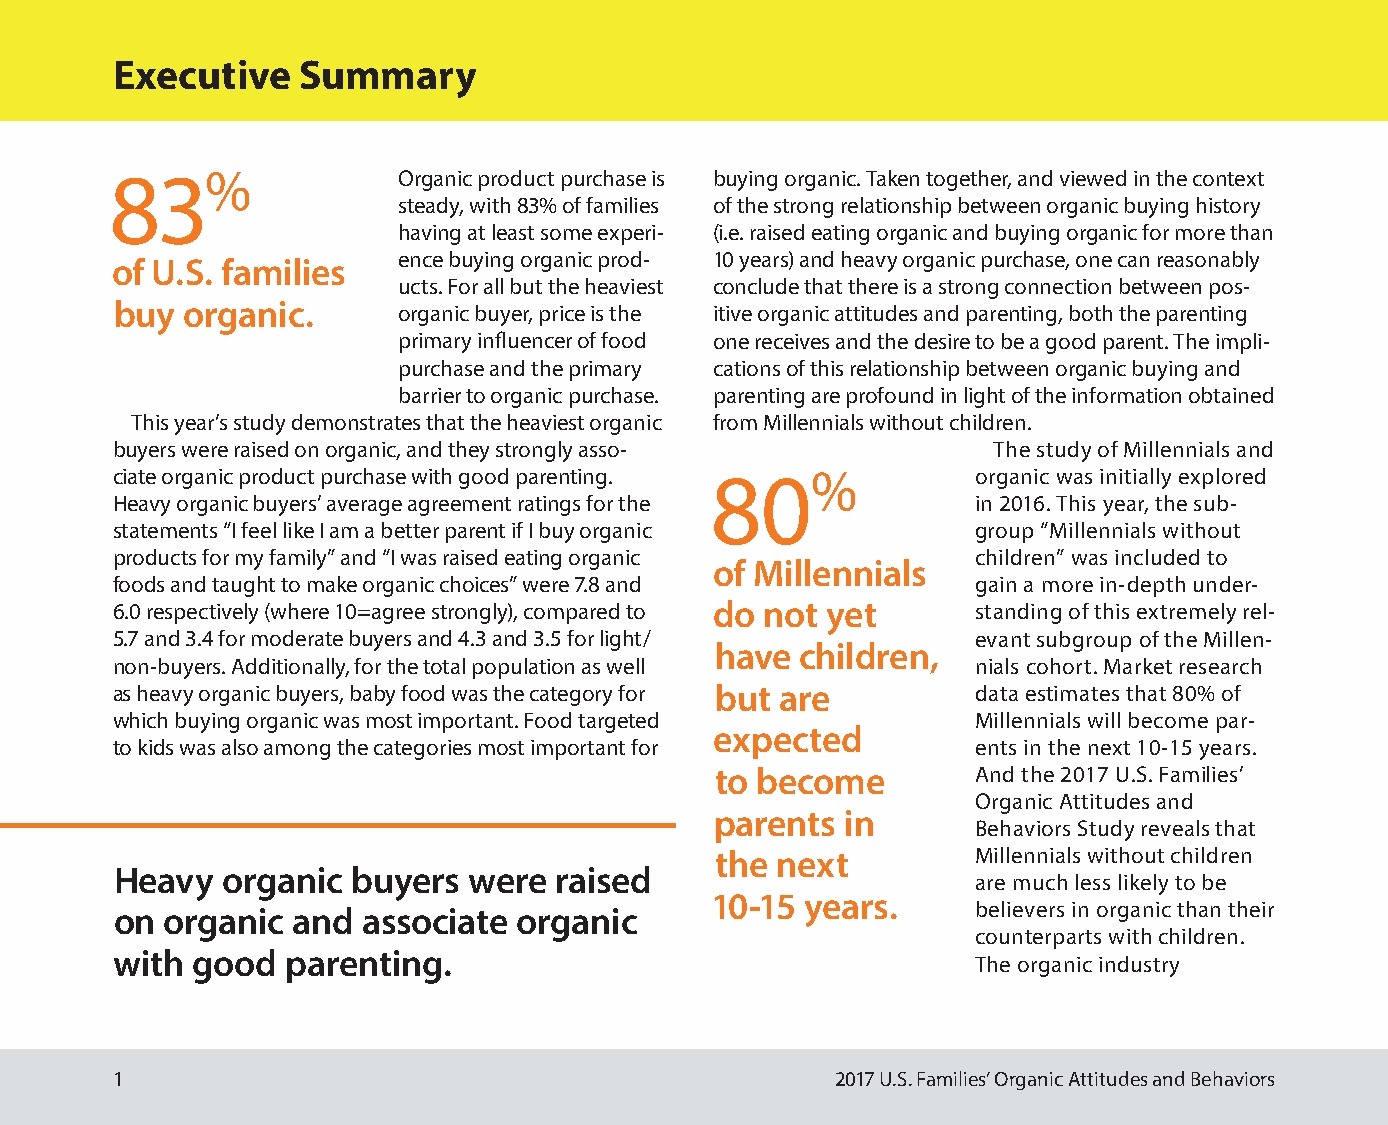
Executive    Summary
 83%                Organic product purchase is buying organic. Taken together, and viewed in the context
 steady, with 83% of families of the strong relationship between organic buying history
 having at least some experi- (i.e. raised eating organic and buying organic for more than
 ence buying organic prod- 10 years) and heavy organic purchase, one can reasonably
 of U.S. families
 ucts. For all but the heaviest conclude that there is a strong connection between pos-
 buy organic.      organic buyer, price is the itive organic attitudes and parenting, both the parenting
 primary influencer of food one receives and the desire to be a good parent. The impli-
 purchase and the primary cations of this relationship between organic buying and
 barrier to organic purchase. parenting are profound in light of the information obtained
 This year’s study demonstrates that the heaviest organic from Millennials without children.
 buyers were raised on organic, and they strongly asso-     The study of Millennials and
 ciate organic product purchase with good parenting. 80%   organic was initially explored
 Heavy organic buyers’ average agreement ratings for the   in 2016. This year, the sub-
 statements “I feel like I am a better parent if I buy organic group “Millennials without
 products for my family” and “I was raised eating organic  children” was included to
 of Millennials
 foods and taught to make organic choices” were 7.8 and    gain a more in-depth under-
 6.0 respectively (where 10=agree strongly), compared to do not yet standing of this extremely rel-
 5.7 and 3.4 for moderate buyers and 4.3 and 3.5 for light/ evant subgroup of the Millen-
 have  children,
 non-buyers. Additionally, for the total population as well nials cohort. Market research
 as heavy organic buyers, baby food was the category for but are data estimates that 80% of
 which buying organic was most important. Food targeted    Millennials will become par-
 expected
 to kids was also among the categories most important for  ents in the next 10-15 years.
 to become         And the 2017 U.S. Families’
 Organic Attitudes and
 parents  in
 Behaviors Study reveals that
 the next          Millennials without children
 Heavy  organic buyers  were  raised
 are much less likely to be
 10-15 years.
 on organic and  associate organic                        believers in organic than their
 counterparts with children.
 with  good  parenting.
 The organic industry
 1                                               2017 U.S. Families’ Organic Attitudes and Behaviors